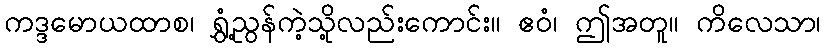
ကဒ္ဒမောယထာစ၊ ရွှံ့ညွန်ကဲ့သို့လည်းကောင်း။ ဧဝံ၊ ဤအတူ။ ကိလေသာ၊